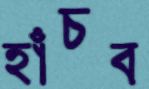
হাঁচব